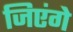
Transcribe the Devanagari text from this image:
जिएंगे